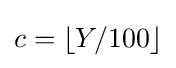
c=\lfloor Y/100\rfloor